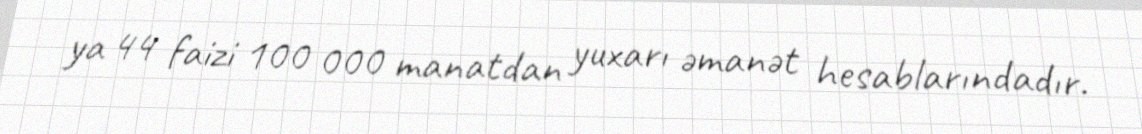
ya 44 faizi 100 000 manatdan yuxarı əmanət hesablarındadır.